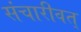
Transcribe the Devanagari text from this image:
संचारीवत्